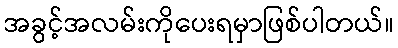
အခွင့်အလမ်းကိုပေးရမှာဖြစ်ပါတယ်။